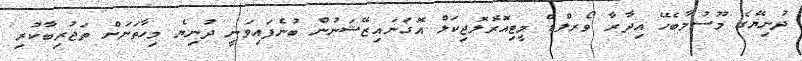
ދުނިޔޭގެ މޫސުމާބެހޭ އިދާރާ ވޯރލްޑް މީޓިއޮރޮލޮޖިކަލް އޮގަނައިޒޭޝަނުން ބުނެފައިވަނީ ދުނިޔެ މިހާތަނަށް ތަޖުރިބާކުރި